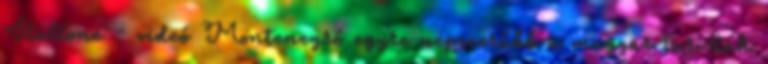
Stallone - videó Montenegró egyre népszerűbb a magyar turisták